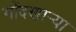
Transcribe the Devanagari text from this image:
गोंदणार्‍या